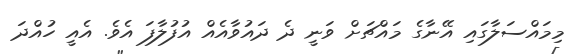
މިމައްސަލާގައި އޭނާގެ މައްޗަށް ވަނީ ދެ ދައުވާއެއް އުފުލާފަ އެވެ. އެއީ ހުއްދަ